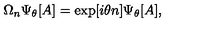
\Omega _ { n } \Psi _ { \theta } [ A ] = \exp [ i \theta n ] \Psi _ { \theta } [ A ] ,